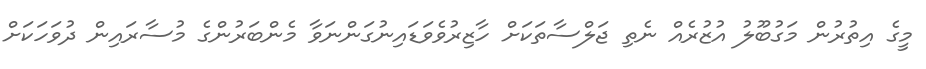
މީގެ އިތުރުން މަގުބޫލު އުޒުރެއް ނެތި ޖަލްސާތަކަށް ހާޒިރުވެވަޑައިނުގަންނަވާ މެންބަރުންގެ މުސާރައިން ދުވަހަކަށް